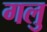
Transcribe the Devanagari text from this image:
गलु